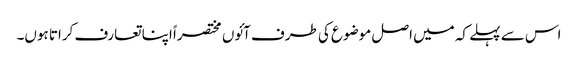
اس سے پہلے کہ میں اصل موضوع کی طرف آئوں مختصراً اپنا تعارف کراتا ہوں۔